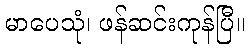
မာပေသုံ၊ ဖန်ဆင်းကုန်ပြီ။